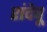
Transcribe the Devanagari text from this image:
रांदेवू